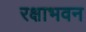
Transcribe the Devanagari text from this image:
रक्षाभवन